Civil Veterinary Department. United Provinces 1932-42 - 1932-1942
Year: 1932
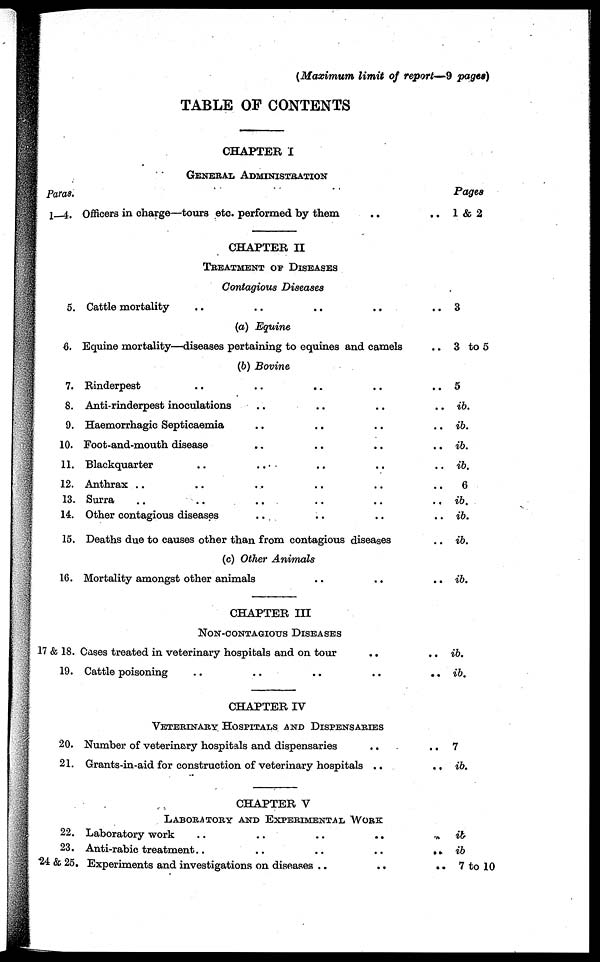
(Maximum limit of report—9 pages)
TABLE OF CONTENTS
Paras.
1-4.
5.
6.
7.
8.
9.
10.
11.
12.
13.
14.
15.
16.
17 & 18.
19.
20.
21.
22.
23.
24 & 25.
CHAPTER I
GENERAL ADMINISTRATION
Officers in charge—tours etc. performed by them ..
CHAPTER II
TREATMENT OF DISEASES
Contagious Diseases
Cattle mortality .. .. .. ..
(a) Equine
Equine mortality—diseases pertaining to equines and camels
(b) Bovine
Rinderpest .. .. .. ..
Anti-rinderpest inoculations .. .. ..
Haemorrhagic Septicaemia .. .. ..
Foot-and-mouth disease .. .. ..
Blackquarter .. .. .. ..
Anthrax .. .. .. .. ..
Surra .. .. .. .. ..
Other contagious diseases .. .. ..
Deaths due to causes other than from contagious diseases
(c) Other Animals
Mortality amongst other animals .. ..
CHAPTER III
NON-CONTAGIOUS DISEASES
Cases treated in veterinary hospitals and on tour ..
Cattle poisoning .. .. .. ..
CHAPTER IV
VETERINARY HOSPITALS AND DISPENSARIES
Number of veterinary hospitals and dispensaries ..
Grants-in-aid for construction of veterinary hospitals ..
CHAPTER V
LABORATORY AND EXPERIMENTALl WORK
Laboratory work
..
..
..
..
Anti-rabic treatment .. .. .. ..
Experiments and investigations on diseases .. ..
Pages
.. 1 & 2
.. 3
.. 3 to 5
.. 5
.. ib.
..
ib.
.. ib.
..
ib.
.. 6
..
ib.
..
ib.
..
ib.
.. ib.
.. ib.
..
ib.
..
7
.. ib.
.. ib.
..
ib
.. 7 to 10